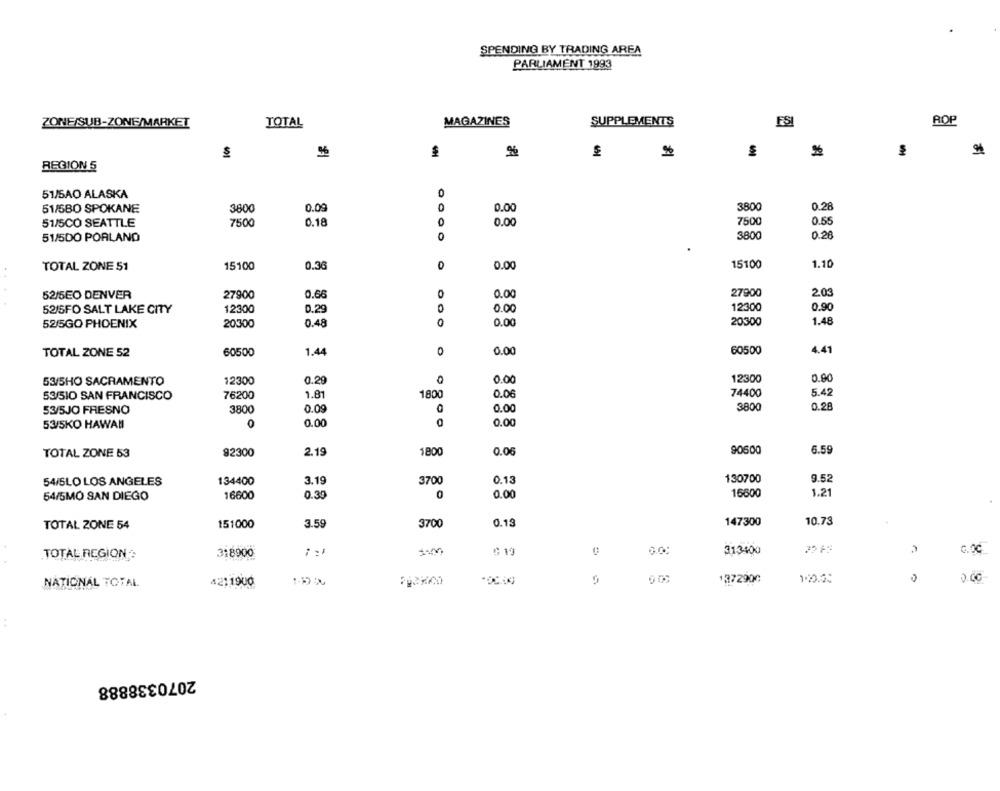
SPENDING BY TRADING AREA
PARLIAMENT 1993
ZONF/SUB-ZONE/MARKET
TOTAL
MAGAZINES
SUPPLEMENTS
ESI
ROP
%
REGION 5
51/5AO ALASKA
0
3800
0.28
51/5BO SPOKANE
3800
0.09
0
0.00
0.18
0.00
7500
0.55
51/5CO SEATTLE
7500
51/5DO PORLAND
0
3800
0.21
TOTAL ZONE 51
15100
0.36
0
0.00
15100
1.10
..
27900
0.66
0.00
27900
2.03
52/5EO DENVER
52/5FO SALT LAKE CITY
12300
0.29
0.00
12300
0.90
52/5GO PHOENIX
20300
0.48
0
0.00
20300
1.48
TOTAL ZONE 52
60500
1.44
0
0.0
60500
4.41
53/5HO SACRAMENTO
12300
0.29
0
0.00
12300
0.80
53/510 SAN FRANCISCO
76200
1.81
1800
0.06
74400
5.42
53/5JO FRESNO
3800
0.09
0.00
3800
0.28
53/5KO HAWAII
0
0.00
0.00
1800
0.0
90500
6.59
TOTAL ZONE 53
92300
2.19
54/SLO LOS ANGELES
134400
3.19
3700
0.13
130700
9.52
54/5MO SAN DIEGO
16600
0.30
0
0.00
16600
1.21
3.59
147300
10.73
TOTAL ZONE 54
151000
3700
0.13
TOTAL REGION
318900
1. m
313400
C.OC
0.00
NATIONAL TOTAL
4211900
5
1372900
100.00
0
2070338888